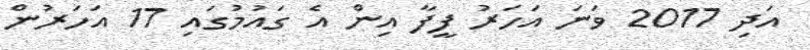
އަދި 2017 ވަނަ އަހަރު ފީފާ އިން އެ ގައުމުގައި 17 އަހަރުން